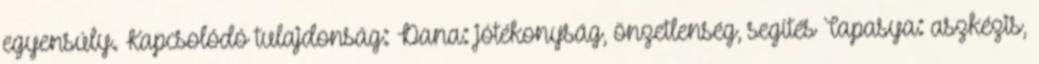
egyensúly. Kapcsolódó tulajdonság: Dana: jótékonyság, önzetlenség, segítés Tapasya: aszkézis,